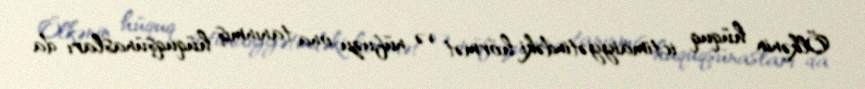
Ölkənin hüquq ictimaiyyətindəki hörmət və nüfuzu ona tanınmış hüquqşünasları da